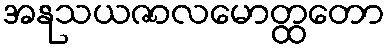
အနုသယဇာလမောတ္ထတော